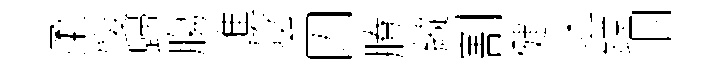
柔愎歸膓進陰囚賸縱割健迷鏜徊